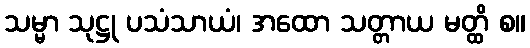
သမ္မာ သုဋ္ဌု ပသံသာယံ၊ အထော သတ္တာယ မတ္ထိ စ။